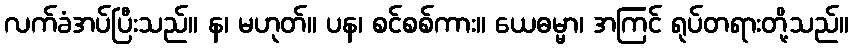
လက်ခံအပ်ပြီးသည်။ န၊ မဟုတ်။ ပန၊ စင်စစ်ကား။ ယေဓမ္မာ၊ အကြင် ရုပ်တရားတို့သည်။